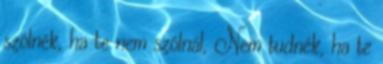
szólnék, ha te nem szólnál, Nem tudnék, ha te